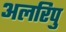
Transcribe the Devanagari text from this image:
अलरिपु